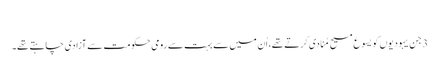
‏
3 جن یہودیوں کو یسوع مسیح مُنادی کرتے تھے،‏ اُن میں سے بہت سے رومی حکومت سے آزادی چاہتے تھے۔